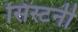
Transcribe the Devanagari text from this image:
सिस्टर्नी